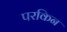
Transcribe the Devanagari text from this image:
परकिन